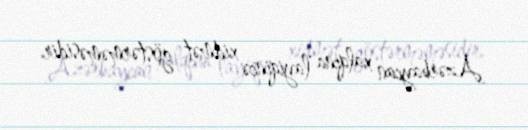
Azərbaycan xalqına layiqincə xidmət göstərməməsidir.